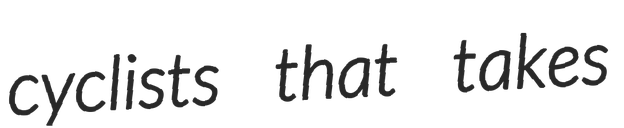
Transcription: cyclists that takes